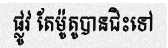
ផ្លូវ តែម៉ូតូបានជិះទៅ